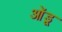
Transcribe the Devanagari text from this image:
ओंडू